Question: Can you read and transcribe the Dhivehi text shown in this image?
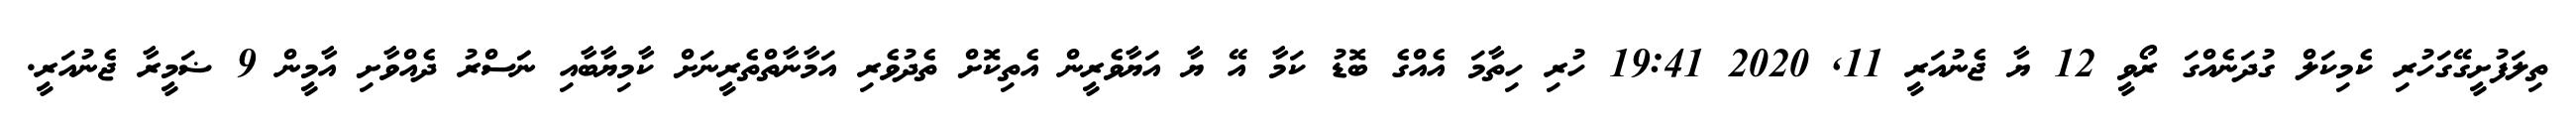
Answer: ތިލަފުށީގޭގަހުރި ކެމިކަލް ގުދަނެއްގަ ރޯވީ 12 ޔާ ޖެނުއަރީ 11, 2020 19:41 ހުރި ހިތާމަ އެއްގެ ބޮޑު ކަމާ އޭ ޔާ އަޔާވެރީން އެތިކޮށް ތެދުވެރި އަމާނާތްތެރީނަށް ކާމިޔާބާއި ނަަސްރު ދެއްވާށި އާމީން 9 ޟަމީރާ ޖެނުއަރީ.